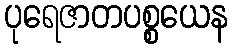
ပုရေဇာတပစ္စယေန